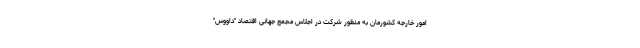
امور خارجه کشورمان به منظور شرکت در اجلاس مجمع جهانی اقتصاد "داووس"